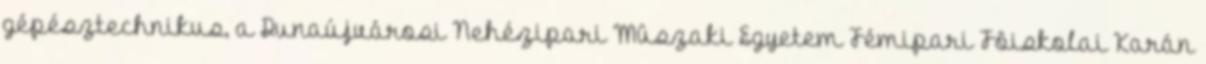
gépésztechnikus, a Dunaújvárosi Nehézipari Mûszaki Egyetem Fémipari Fôiskolai Karán